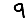
Digit: 9